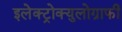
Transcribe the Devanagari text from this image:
इलेक्ट्रोक्युलोग्राफी